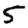
Digit: 5